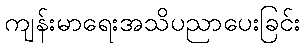
ကျန်းမာရေးအသိပညာပေးခြင်း